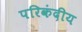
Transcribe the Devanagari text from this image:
परिकंदीय